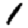
Digit: 1